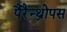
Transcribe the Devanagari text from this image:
पैरैन्थ्रोपस